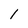
Character: 1